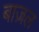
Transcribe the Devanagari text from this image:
बाज़ल